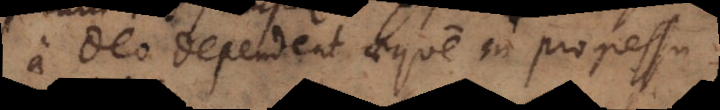
a Deo dependeant aeque in progressu